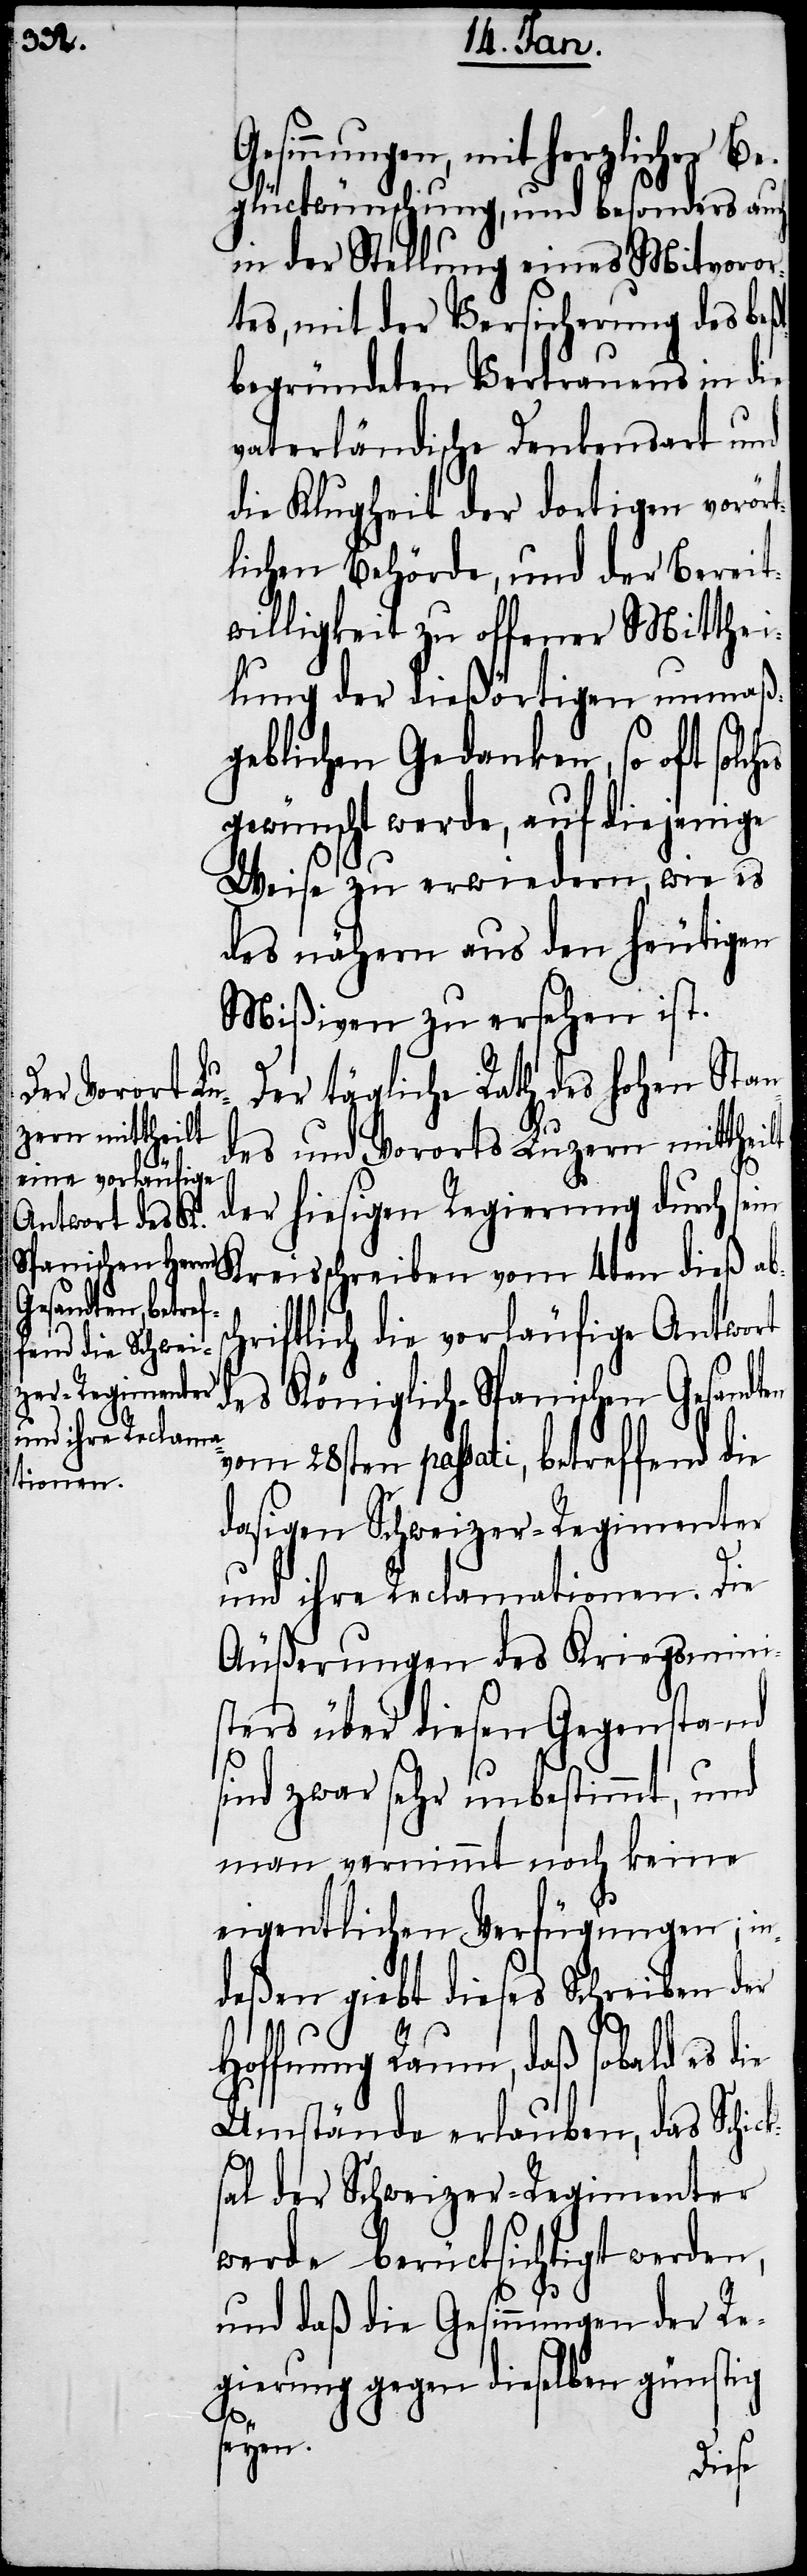
esinnungen, mit herzlicher Be¬
glückwünschung, und besonders auch
in der Stellung eines Mitvoro¬
tes, mit der Versicherung des beßt
begründeten Vertrauens in die
vaterländische Denkensart und
die Klugheit der dortigen vorört¬
lichen Behörde, und der Bereit¬
willigkeit zu offener Mitthei¬
lung der dießörtigen unmaß¬
geblichen Gedanken, so oft solc¬
gewünscht werde, auf diejenige
Weise zu erwiedern, wie es
des nähern aus den heutigen
Mißiven zu ersehen ist.
Der tägliche Rath des hohen Stan¬
des und Vororts Luzern mittheilt
der hiesigen Regierung durch
sein Kreisschreiben vom 4ten dieß ab¬
hriftlich die vorläufige Antwort
des Königlich-Spanischen Gesandten
vom 28sten passati, betreffend die
dasigen Schweizer-Regimenter
und ihre Reclamationen. Die
Äußerungen des Kriegsmini¬
sters über diesen Gegenstand
sind zwar sehr unbestimmt, und
man vernimmt noch keine
eigentlichen Verfügungen; in¬
deßen giebt dieses Schreiben der
Hoffnung Raum, daß sobald es
Umstände erlauben, das Schick¬
sal der Schweizer-Regimenter
werde berücksichtigt werden,
hes
G¬
und daß die Gesinnungen der Re¬
gierung gegen dieselben günstig
sc¬
seyen.